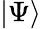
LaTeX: \vert\Psi\rangle